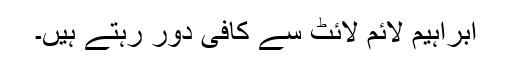
ابراہیم لائم لائٹ سے کافی دور رہتے ہیں۔